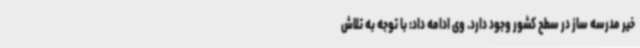
خیر مدرسه ساز در سطح کشور وجود دارد. وی ادامه داد: با توجه به تلاش